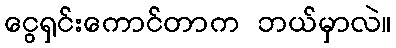
ငွေရှင်းကောင်တာက ဘယ်မှာလဲ။